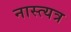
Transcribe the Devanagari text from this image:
नास्त्यत्र